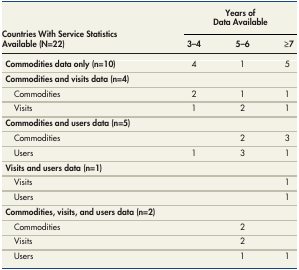
| <ROWSPAN=2> Countries With Service Statistics Available (N=22) | <COLSPAN=3> Years of Data Available |
 | 3–4 | 5–6 | ≥7 |
 | --- | --- | --- | --- |
 | Commodities data only (n=10) | 4 | 1 | 5 |
 | Commodities and visits data (n=4) |  |  |  |
 | Commodities | 2 | 1 | 1 |
 | Visits | 1 | 2 | 1 |
 | Commodities and users data (n=5) |  |  |  |
 | Commodities |  | 2 | 3 |
 | Users | 1 | 3 | 1 |
 | Visits and users data (n=1) |  |  |  |
 | Visits |  |  | 1 |
 | Users |  |  | 1 |
 | Commodities, visits, and users data (n=2) |  |  |  |
 | Commodities |  | 2 |  |
 | Visits |  | 2 |  |
 | Users |  | 1 | 1 |